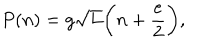
P ( n ) = g \sqrt L \bigg ( n + \frac { e } { 2 } \bigg ) ,